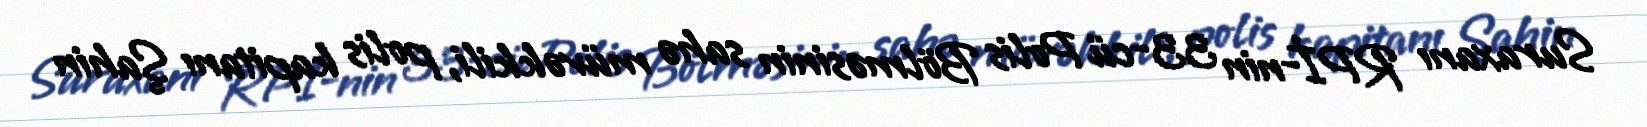
Suraxanı RPİ-nin 33-cü Polis Bölməsinin sahə müvəkkili, polis kapitanı Şahin